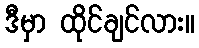
ဒီမှာ ထိုင်ချင်လား။